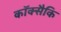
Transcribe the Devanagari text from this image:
कॉक्सैकि